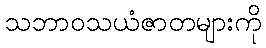
သဘာဝသယံဇာတများကို